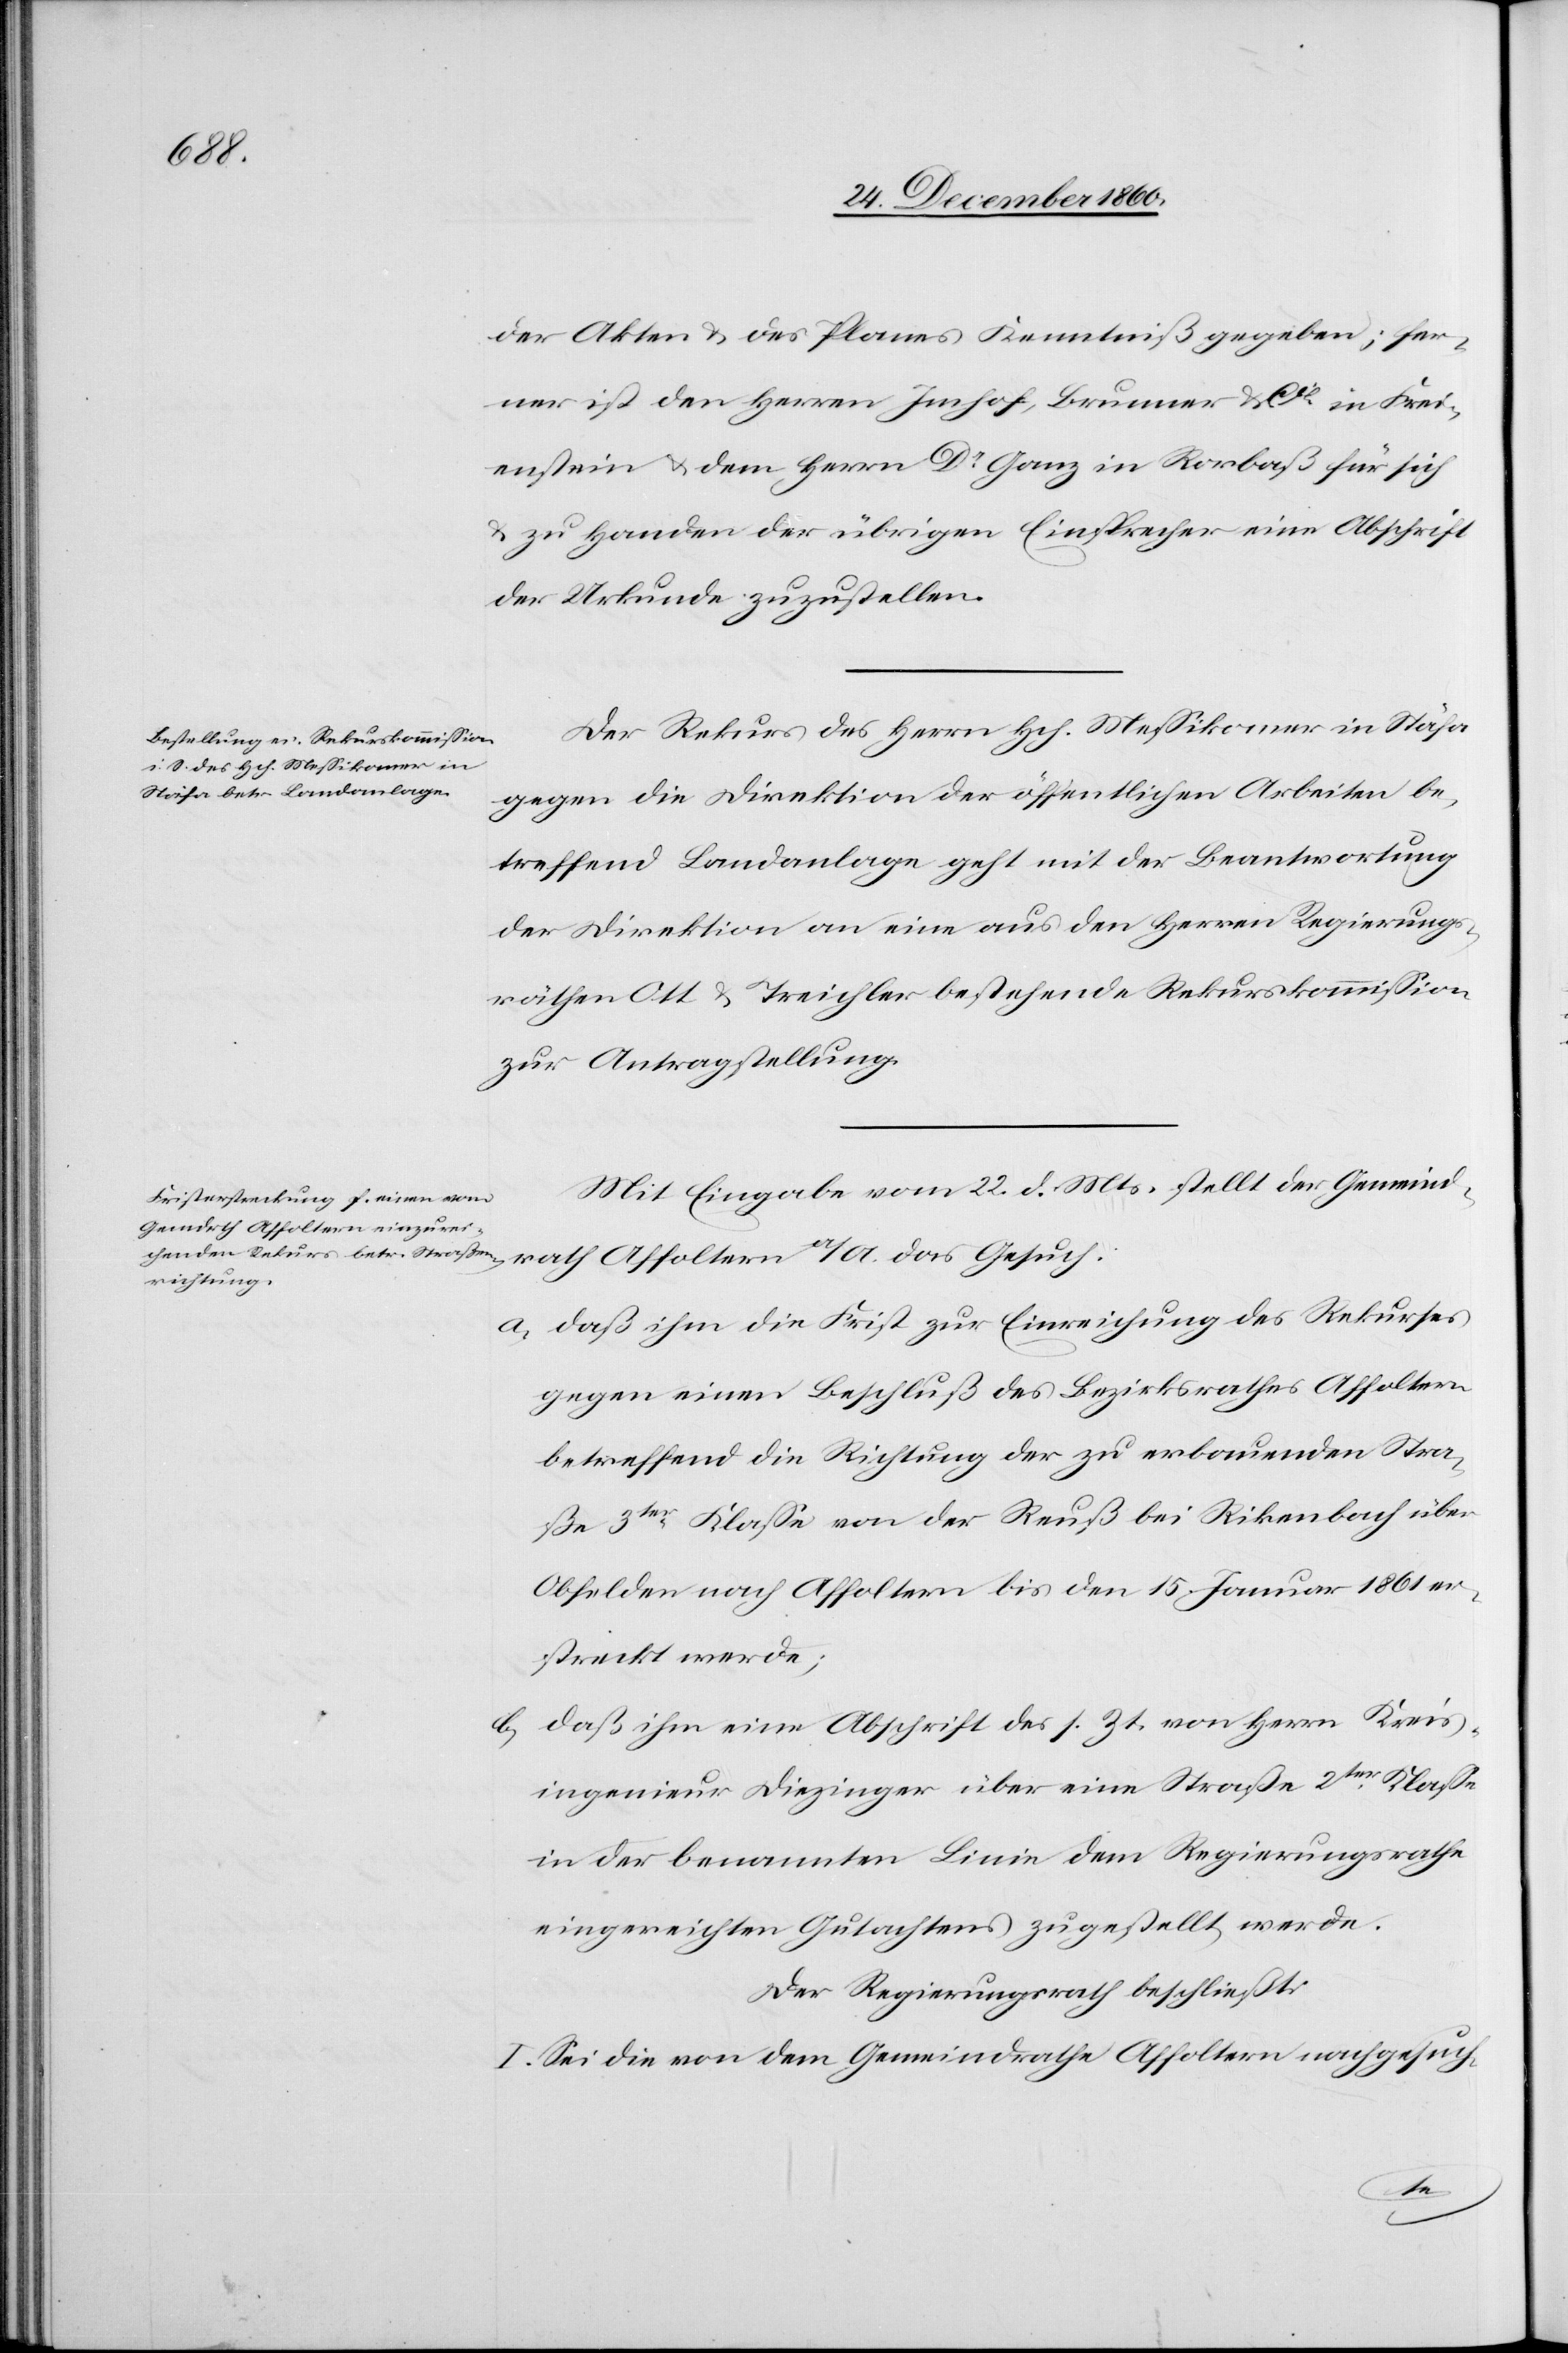
der Akten u. des Planes Kenntniß gegeben; fer¬
ner ist den Herren Imhof, Brunner u. Cie in Frei¬
enstein u. dem Herrn Dr Ganz in Rorbaß für sich
u. zu Handen der übrigen Einsprecher eine Abschrift
der Urkunde zuzustellen.
Der Rekurs des Herrn. Hch. Messikomer in Stäfa
gegen die Direktion der öffentlichen Arbeiten be¬
treffend Landanlage geht mit der Beantwortung
der Direktion an eine aus den Herren Regierungs¬
räthen Ott u. Treichler bestehende Rekurskommission
zur Antragstellung.
Mit Eingabe vom 22. d. Mts. stellt der Gemeind¬
rath Affoltern a/A. das Gesuch:
a) daß ihm die Frist zur Einreichung des Rekurses
gegen einen Beschluß des Bezirksrathes Affoltern,
betreffend die Richtung der zu erbauenden Stra¬
ßen 3ter Klasse von der Reuß bei Rikenbach über
Obfelden nach Affoltern bis den 15. Januar 1861 er¬
streckt werde;
b) daß ihm eine Abschrift des s. Zt. von Herrn Kreis¬
ingenieur Diezinger über eine Straße 2ter Klasse
in der benannten Linie dem Regierungsrathe
eingereichten Gutachtens zugestellt werde.
Der Regierungsrath beschließt:
I. Sei die von dem Gemeindrathe Affoltern nachgesuch-